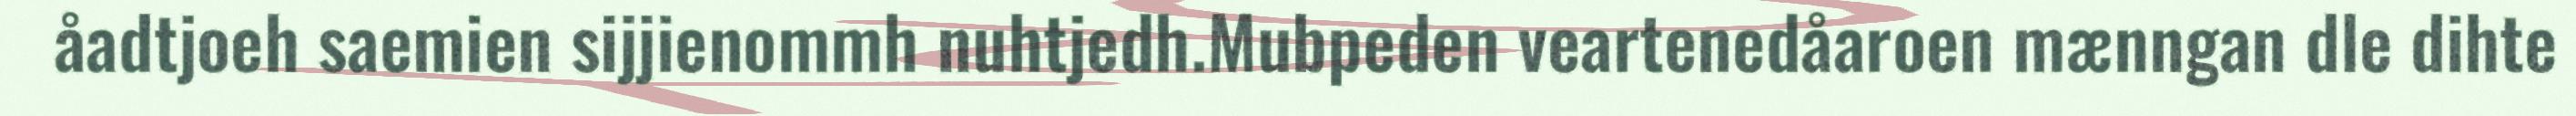
åadtjoeh saemien sijjienommh nuhtjedh.Mubpeden veartenedåaroen mænngan dle dihte